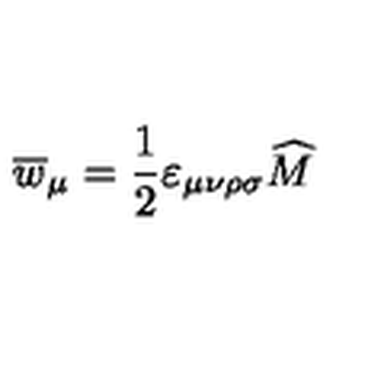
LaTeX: \overline { { w } } _ { \mu } = \frac 1 2 \varepsilon _ { \mu \nu \rho \sigma } \widehat { M }